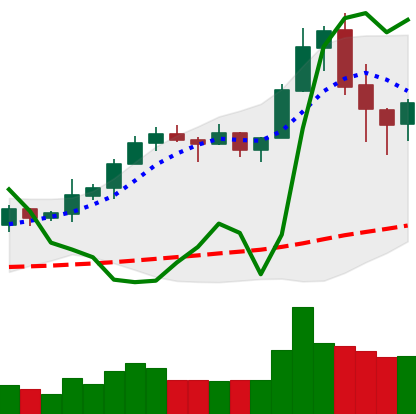
Ticker: XRP-USD
Chart end date: 2020-02-18
Forward return: -5.103%
Label: down_5_7